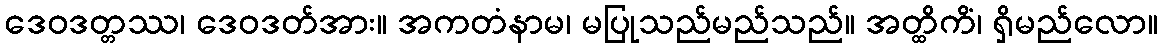
ဒေဝဒတ္တဿ၊ ဒေဝဒတ်အား။ အကတံနာမ၊ မပြုသည်မည်သည်။ အတ္ထိကိံ၊ ရှိမည်လော။